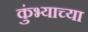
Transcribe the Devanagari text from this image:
कुंभ्याच्या